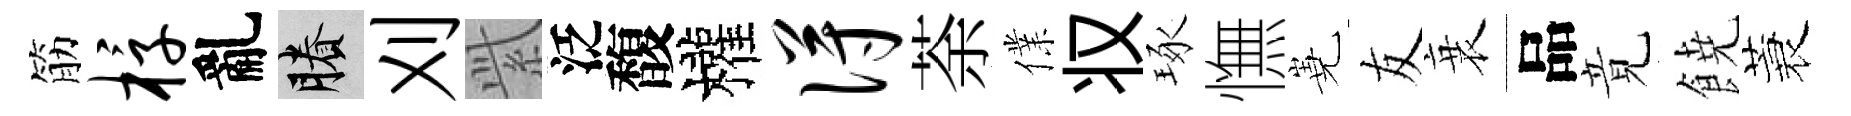
筋椁亂賸刈𬗋泛馥權得荼㒒𠬧琢憮嶤友衰品竟𩜙蓑